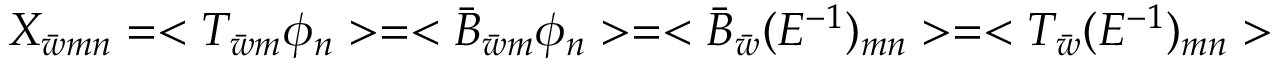
X _ { \bar { w } m n } = < T _ { \bar { w } m } \phi _ { n } > = < \bar { B } _ { \bar { w } m } \phi _ { n } > = < \bar { B } _ { \bar { w } } ( E ^ { - 1 } ) _ { m n } > = < T _ { \bar { w } } ( E ^ { - 1 } ) _ { m n } >